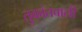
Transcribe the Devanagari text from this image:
तुकांतवाली